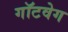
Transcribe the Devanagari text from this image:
गॉटवेग